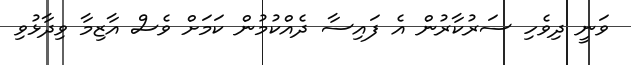
ވަނީ ދިވެހި ސަރުކާރުން އެ ފައިސާ ދެއްކުމުން ކަމަށް ވެސް އާޒިމާ ވިދާޅުވި